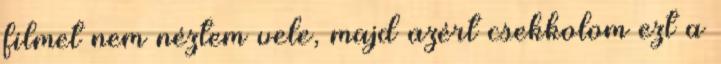
filmet nem néztem vele, majd azért csekkolom ezt a